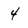
Character: 4